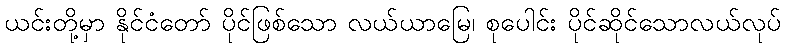
ယင်းတို့မှာ နိုင်ငံတော် ပိုင်ဖြစ်သော လယ်ယာမြေ၊ စုပေါင်း ပိုင်ဆိုင်သောလယ်လုပ်